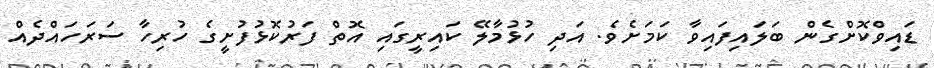
ޑައިވްކޮށްގެން ބަލައިފައިވާ ކަމަށެވެ. އަދި ހުޅުމާލޭ ކައިރީގައި އޮތް ފަރުކޮޅުފުށީގެ ހުރިހާ ސަރަހައްދެއް